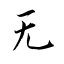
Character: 无